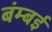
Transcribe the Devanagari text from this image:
बंम्बई